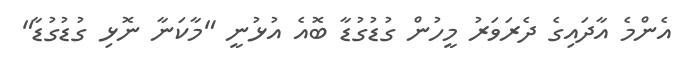
އެންމެ އާދައިގެ ދެރަވަރު މީހުން ގުޑުގުޑާ ބޮއެ އުޅުނީ "މާކަނާ ނޮޅި ގުޑުގުޑާ"